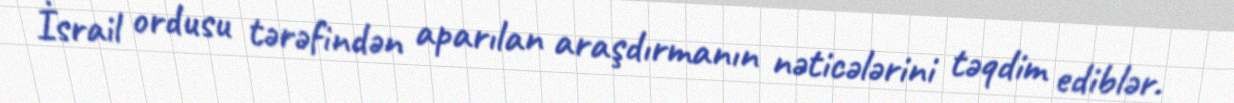
İsrail ordusu tərəfindən aparılan araşdırmanın nəticələrini təqdim ediblər.